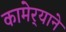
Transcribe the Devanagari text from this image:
कामेर्‍याने